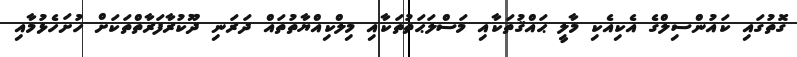
ގޮތުގައި ކައުންސިލްގެ އެކިއެކި މާލީ ޙައްޤުތަކާއި މަސްލަޙަތުތަކާއި މިލްކިއްޔާތުތައް ދަރަނި ދޫކުރާފަރާތްތަކަށް ހުށަހެޅުމާއި